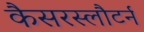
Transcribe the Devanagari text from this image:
कैसरस्लौटर्न